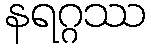
နရဂ္ဂဿ